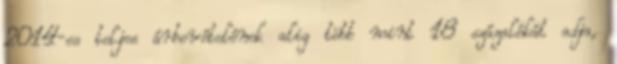
2014-es teljes árbevételének alig több mint 18 százalékát adja,